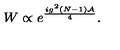
W \propto e ^ { \frac { i g ^ { 2 } ( N - 1 ) { \cal A } } { 4 } } .